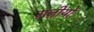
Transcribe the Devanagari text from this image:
ग़ज़ीयों